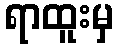
ရာထူးမှ